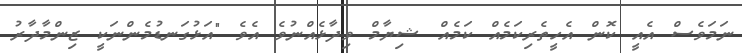
ނަމަވެސް އެއީ ކޮން އެހީތެރިކަމެއް ކަމެއް ޝިޔާމް ވިދާޅެއްނުވެ އެވެ "އަޅުގަނޑުމެންނަކީ ޒިންމާދާރު